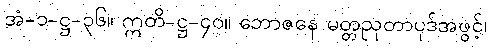
အံ-၁-ဋ္ဌ-၃၆။ ဣတိ-ဋ္ဌ-၄၀။ ဘောဇနေ မတ္တညုတာပုဒ်အဖွင့်၊